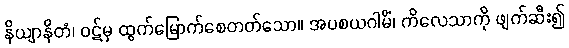
နိယျာနိတံ၊ ဝဋ်မှ ထွက်မြောက်စေတတ်သော။ အပစယဂါမိံ၊ ကိလေသာကို ဖျက်ဆီး၍